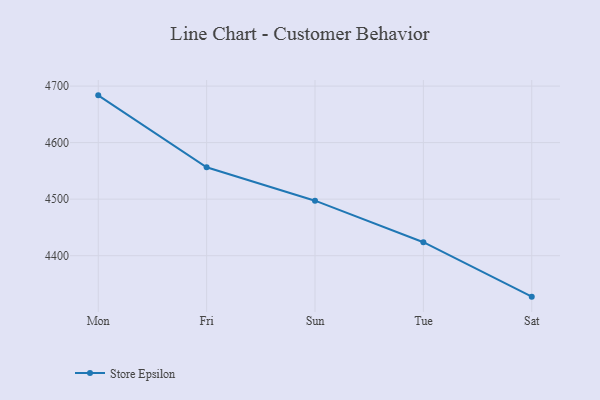
{"axis": {"x": "Day", "y": "Energy Usage (MWh)"}, "legend": ["Store Epsilon"], "data": [{"x": "Mon", "y": 4683.6, "type": "Store Epsilon"}, {"x": "Fri", "y": 4556.3, "type": "Store Epsilon"}, {"x": "Sun", "y": 4497.3, "type": "Store Epsilon"}, {"x": "Tue", "y": 4423.9, "type": "Store Epsilon"}, {"x": "Sat", "y": 4327.6, "type": "Store Epsilon"}]}